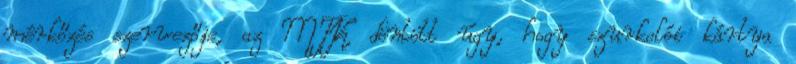
mérkőzés szervezője, az MTK döntött úgy, hogy szurkolói kártya